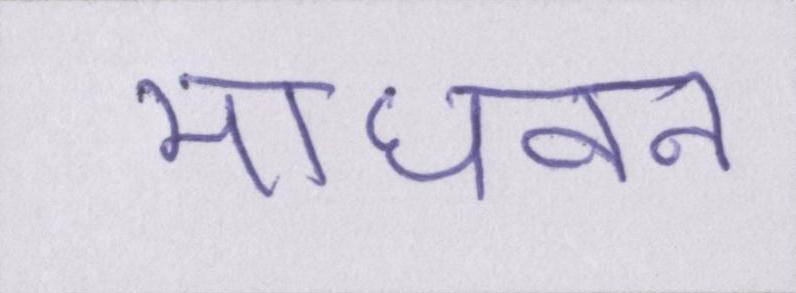
माधवन